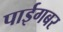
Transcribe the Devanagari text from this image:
पाईगबर